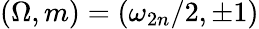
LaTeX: \left(\Omega,m\right)=\left(\omega_{2n}/2,\pm 1\right)